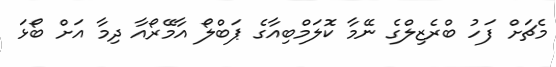
މެޗަށް ފަހު ބްރެޒިލްގެ ނޭމާ ކޮލަމްބިއާގެ ޕަބްލޯ އާމޭރޯއާ ދިމާ އަށް ބޯޅަ